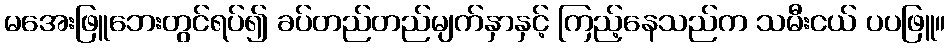
မအေးဖြူဘေးတွင်ရပ်၍ ခပ်တည်တည်မျက်နှာနှင့် ကြည့်နေသည်က သမီးငယ် ပပဖြူ။